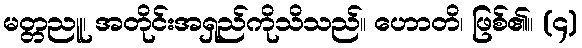
မတ္တညူ၊ အတိုင်းအရှည်ကိုသိသည်။ ဟောတိ၊ ဖြစ်၏။ (၄)